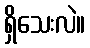
ရှိသေးလဲ။